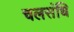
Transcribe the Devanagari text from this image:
चलसंधि